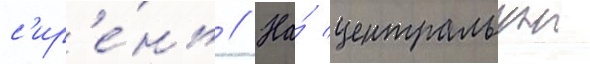
с'ир'е́нь // На́ центральнои